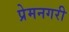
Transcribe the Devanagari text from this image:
प्रेमनगरी